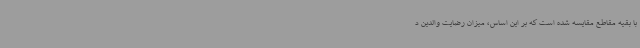
با بقیه مقاطع مقایسه شده است که بر این اساس، میزان رضایت والدین د